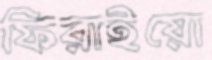
ফিরাইয়ো